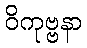
ဝိကုဗ္ဗနာ